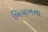
બિયાનના